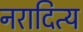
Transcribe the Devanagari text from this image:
नरादित्य